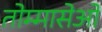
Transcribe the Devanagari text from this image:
तोम्मासेओ